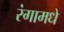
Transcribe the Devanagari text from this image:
रंगामधे